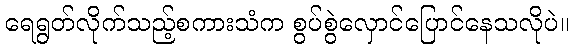
ရေရွတ်လိုက်သည့်စကားသံက စွပ်စွဲလှောင်ပြောင်နေသလိုပဲ။